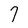
Character: 7